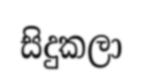
සිදුකලා